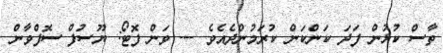
ތާސް ކުޅުން ފަދަ ކަންކަން ކުރަމުންދެއެވެ --- ވަން ފޮޓޯ: ޔޫސުފް ސޮފްވާން